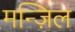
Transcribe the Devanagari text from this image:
मन्ज़िल